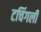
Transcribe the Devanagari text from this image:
टचिंगली